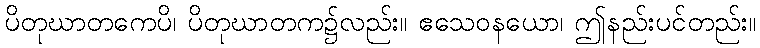
ပိတုဃာတကေပိ၊ ပိတုဃာတက၌လည်း။ ဧသေဝနယော၊ ဤနည်းပင်တည်း။